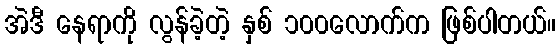
အဲဒီ နေရာကို လွန်ခဲ့တဲ့ နှစ် ၁၀၀လောက်က ဖြစ်ပါတယ်။